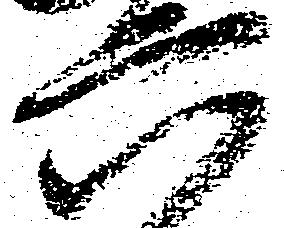
六